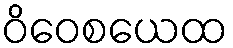
ဝိဝေစယေထ